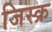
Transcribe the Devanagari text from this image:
जिस्क्र